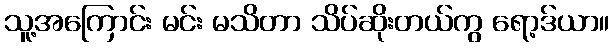
သူ့အကြောင်း မင်း မသိတာ သိပ်ဆိုးတယ်ကွ ရော့ဒ်ယာ။